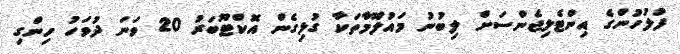
ފުލުހުންގެ އިންޓެލިޖެންސަށް ލިބުނު މައުލޫމާތަކާ ގުޅިގެން އޮކްޓޫބަރު 20 ވަނަ ދުވަހު ހިންގި